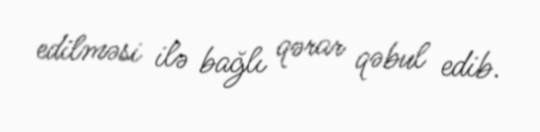
edilməsi ilə bağlı qərar qəbul edib.